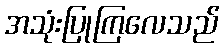
အသုံးပြုကြလေသည်